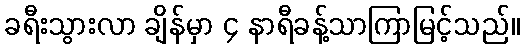
ခရီးသွားလာ ချိန်မှာ ၄ နာရီခန့်သာကြာမြင့်သည်။